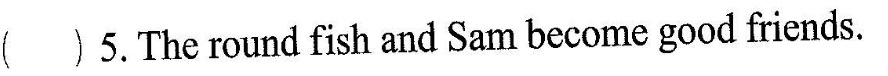
（ )5.The round fish and Sam become good friends.